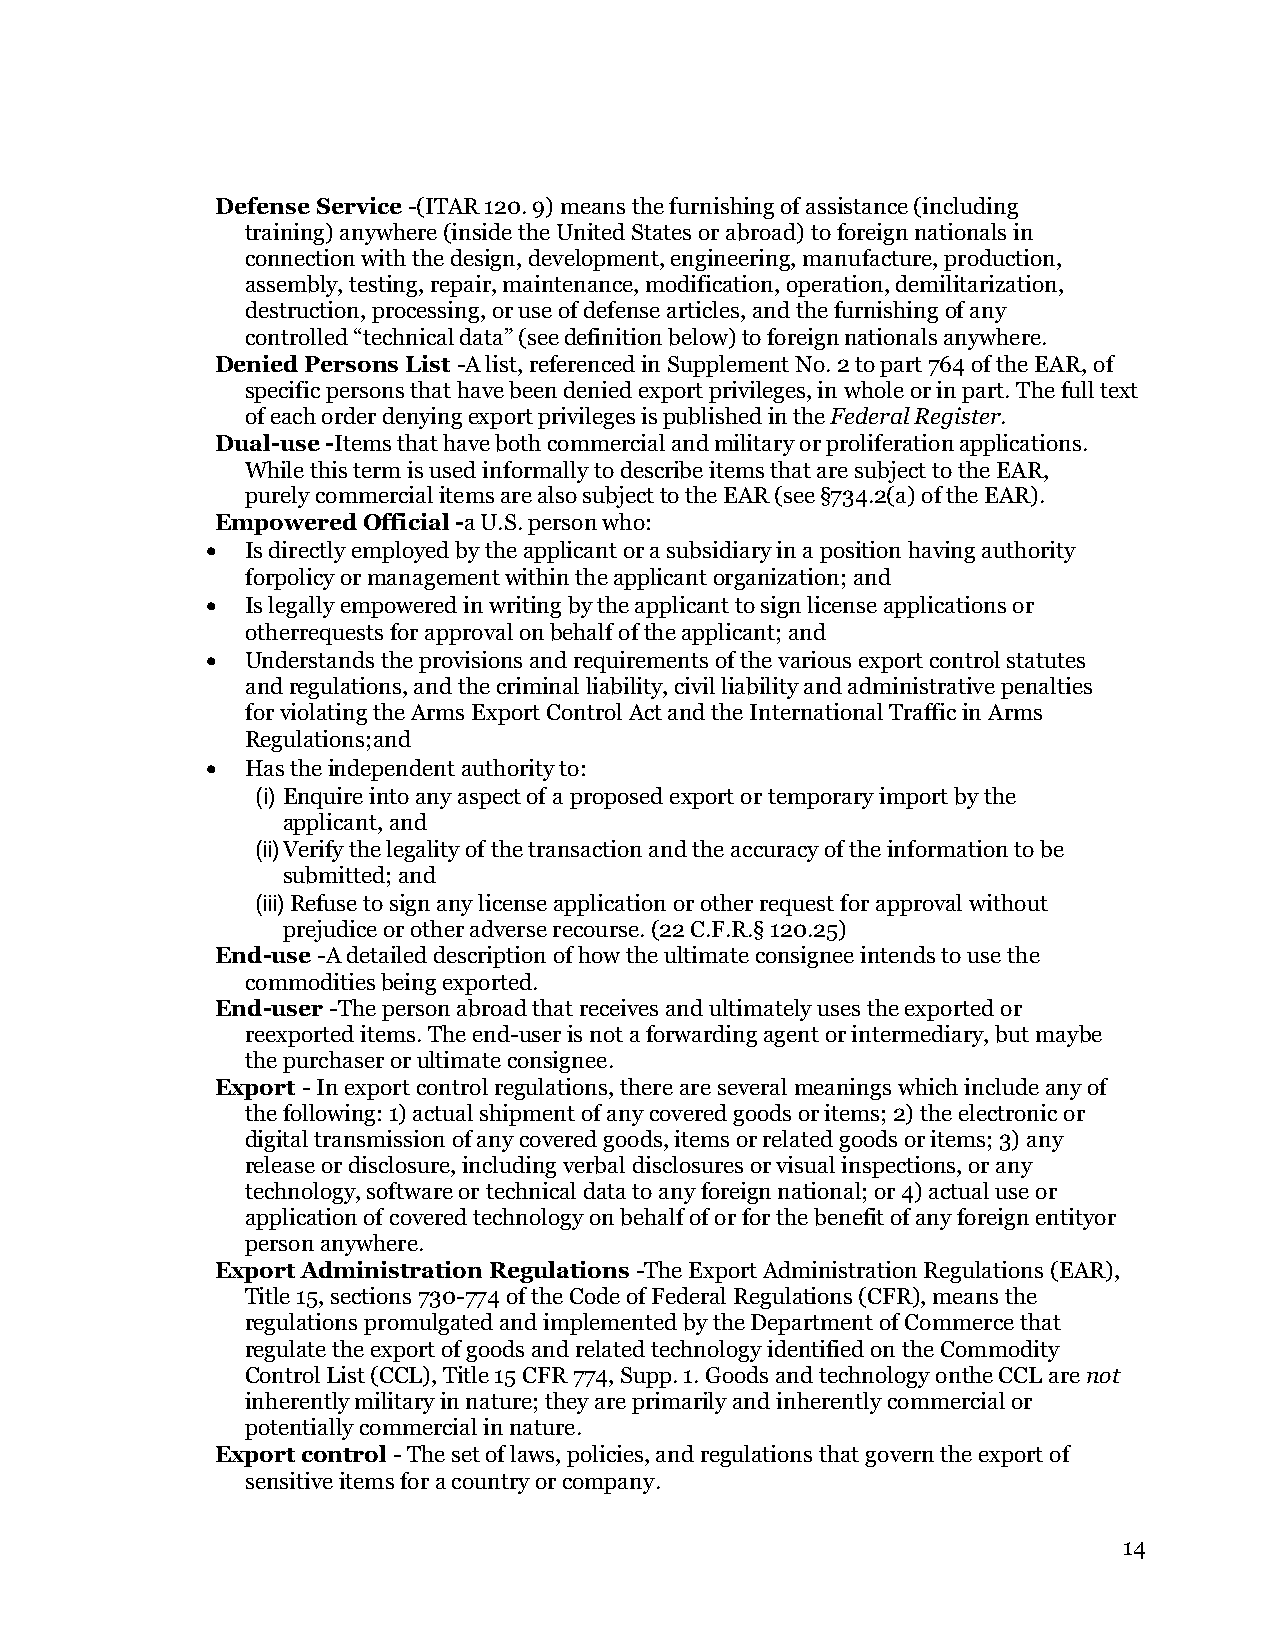
Defense Service -(ITAR 120. 9) means the furnishing of assistance (including
 training) anywhere (inside the United States or abroad) to foreign nationals in
 connection with the design, development, engineering, manufacture, production,
 assembly, testing, repair, maintenance, modification, operation, demilitarization,
 destruction, processing, or use of defense articles, and the furnishing of any
 controlled “technical data” (see definition below) to foreign nationals anywhere.
 Denied Persons List -A list, referenced in Supplement No. 2 to part 764 of the EAR, of
 specific persons that have been denied export privileges, in whole or in part. The full text
 of each order denying export privileges is published in the Federal Register.
 Dual-use -Items that have both commercial and military or proliferation applications.
 While this term is used informally to describe items that are subject to the EAR,
 purely commercial items are also subject to the EAR (see §734.2(a) of the EAR).
 Empowered Official -a U.S. person who:
 • Is directly employed by the applicant or a subsidiary in a position having authority
 for policy or management within the applicant organization; and
 • Is legally empowered in writing by the applicant to sign license applications or
 other requests for approval on behalf of the applicant; and
 • Understands the provisions and requirements of the various export control statutes
 and regulations, and the criminal liability, civil liability and administrative penalties
 for violating the Arms Export Control Act and the International Traffic in Arms
 Regulations; and
 • Has the independent authority to:
 (i) Enquire into any aspect of a proposed export or temporary import by the
 applicant, and
 (ii) Verify the legality of the transaction and the accuracy of the information to be
 submitted; and
 (iii) Refuse to sign any license application or other request for approval without
 prejudice or other adverse recourse. (22 C.F.R.§ 120.25)
 End-use -A detailed description of how the ultimate consignee intends to use the
 commodities being exported.
 End-user -The person abroad that receives and ultimately uses the exported or
 reexported items. The end-user is not a forwarding agent or intermediary, but may be
 the purchaser or ultimate consignee.
 Export - In export control regulations, there are several meanings which include any of
 the following: 1) actual shipment of any covered goods or items; 2) the electronic or
 digital transmission of any covered goods, items or related goods or items; 3) any
 release or disclosure, including verbal disclosures or visual inspections, or any
 technology, software or technical data to any foreign national; or 4) actual use or
 application of covered technology on behalf of or for the benefit of any foreign entity or
 person anywhere.
 Export Administration Regulations -The Export Administration Regulations (EAR),
 Title 15, sections 730-774 of the Code of Federal Regulations (CFR), means the
 regulations promulgated and implemented by the Department of Commerce that
 regulate the export of goods and related technology identified on the Commodity
 Control List (CCL), Title 15 CFR 774, Supp. 1. Goods and technology on the CCL are not
 inherently military in nature; they are primarily and inherently commercial or
 potentially commercial in nature.
 Export control - The set of laws, policies, and regulations that govern the export of
 sensitive items for a country or company.
 14